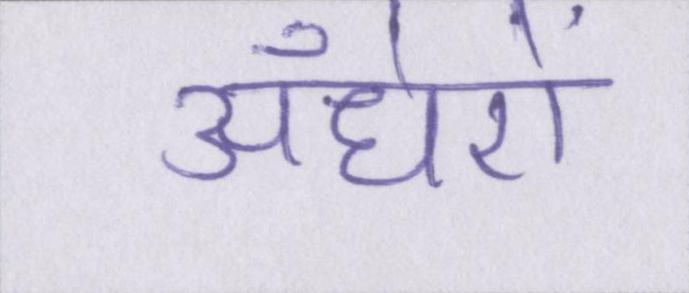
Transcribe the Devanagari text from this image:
अँधेरों